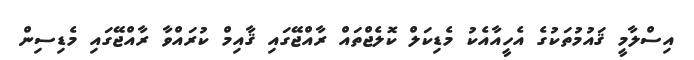
އިސްލާމީ ޤައުމުތަކުގެ އެހީއާއެކު މެޑިކަލް ކޮލެޖްތައް ރާއްޖޭގައި ޤާއިމް ކުރައްވާ ރާއްޖޭގައި މެޑިސިން